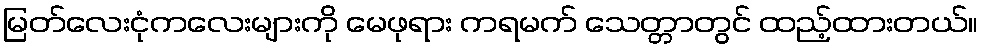
မြတ်လေးငုံကလေးများကို မေဖုရား ကရမက် သေတ္တာတွင် ထည့်ထားတယ်။